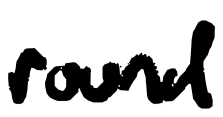
Text: round
Cross-out: clean
Writing tool: digital_black